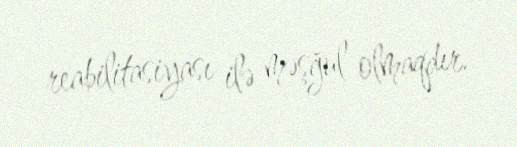
reabilitasiyası ilə məşğul olmaqdır.